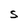
Character: S